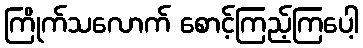
ကြိုက်သလောက် စောင့်ကြည့်ကြပေါ့